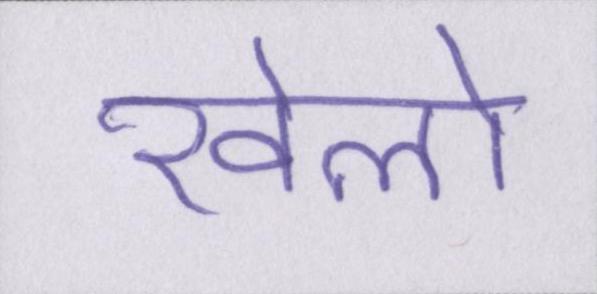
खेलो